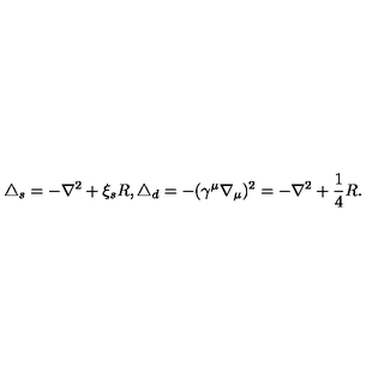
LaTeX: \triangle _ { s } = - \nabla ^ { 2 } + \xi _ { s } R , { } \triangle _ { d } = - ( \gamma ^ { \mu } \nabla _ { \mu } ) ^ { 2 } = - \nabla ^ { 2 } + \frac 1 4 R .